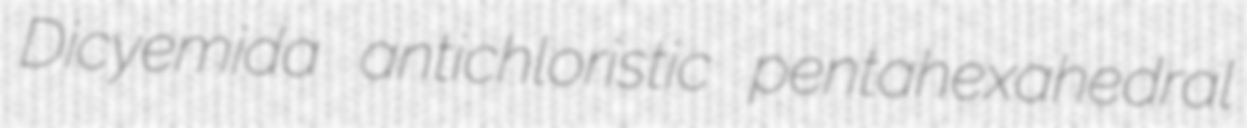
Dicyemida antichloristic pentahexahedral